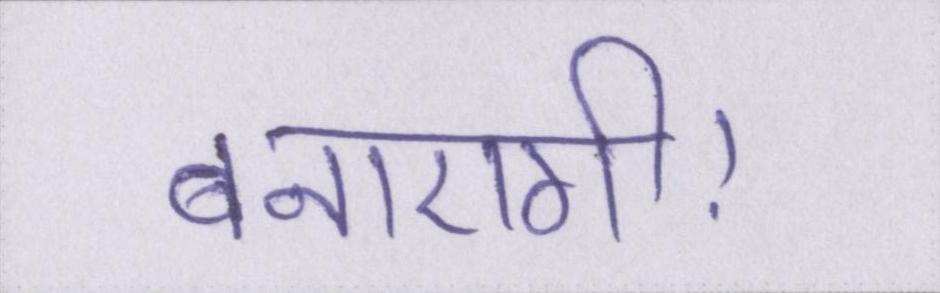
बनाएगी।